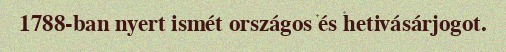
1788-ban nyert ismét országos és hetivásárjogot.